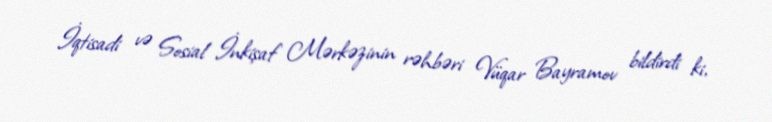
İqtisadi və Sosial İnkişaf Mərkəzinin rəhbəri Vüqar Bayramov bildirdi ki,